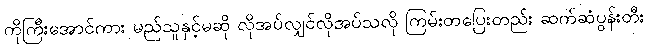
ကိုကြီးအောင်ကား မည်သူနှင့်မဆို လိုအပ်လျှင်လိုအပ်သလို ကြမ်းတပြေးတည်း ဆက်ဆံပွန်းတီး